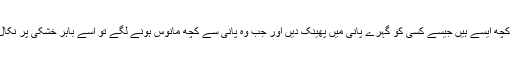
ہم میں سے کچھ ایسے ہیں جیسے کسی کو گہرے پانی میں پھینک دیں اور جب وہ پانی سے کچھ مانوس ہونے لگے تو اسے باہر خشکی پر نکال کر لٹا دیں۔